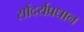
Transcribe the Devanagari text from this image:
सौंदर्यप्रधान